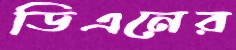
ডিএনের